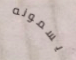
يسمونه